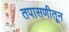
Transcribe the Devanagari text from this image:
तपासणीतून